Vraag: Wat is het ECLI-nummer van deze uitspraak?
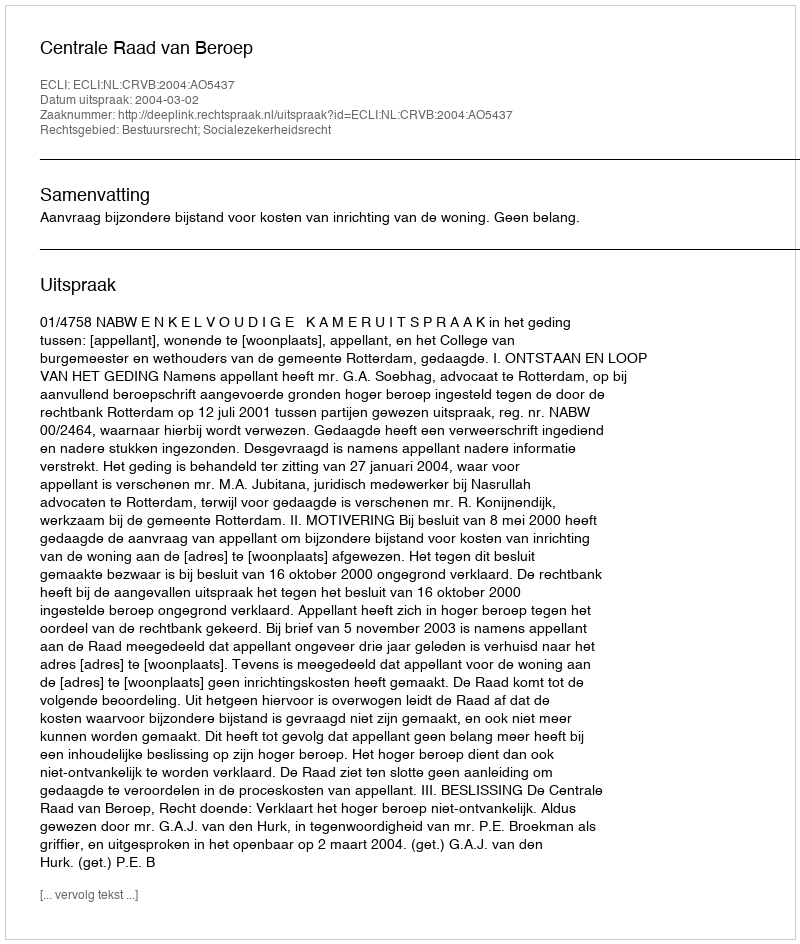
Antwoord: ECLI:NL:CRVB:2004:AO5437